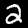
Label: 2